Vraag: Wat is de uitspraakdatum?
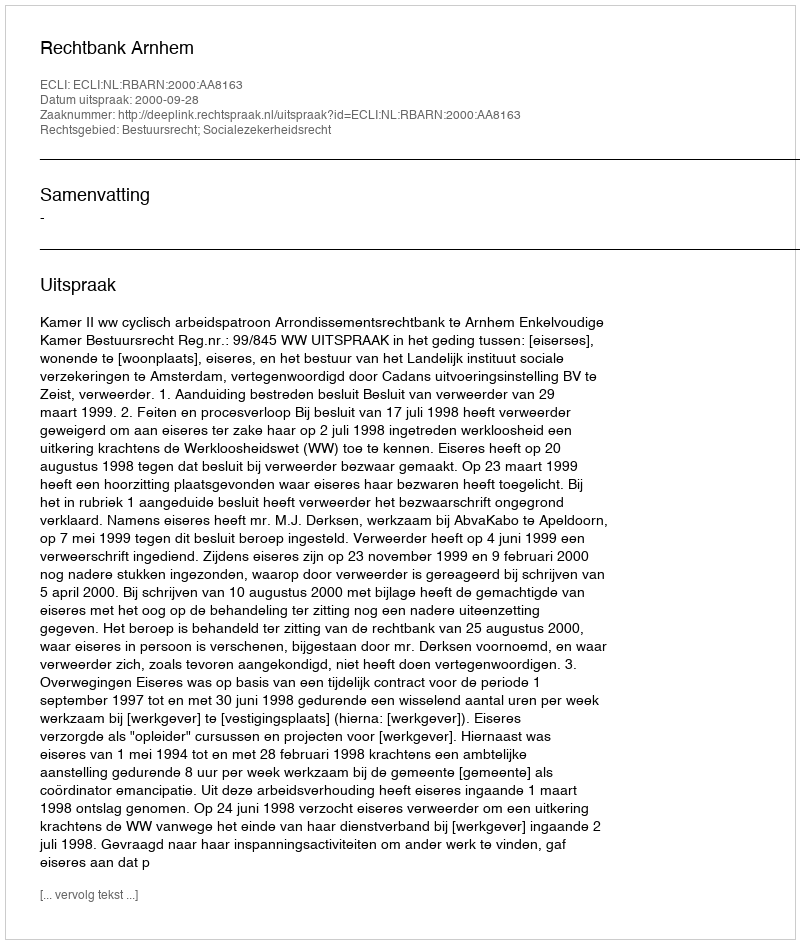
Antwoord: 2000-09-28